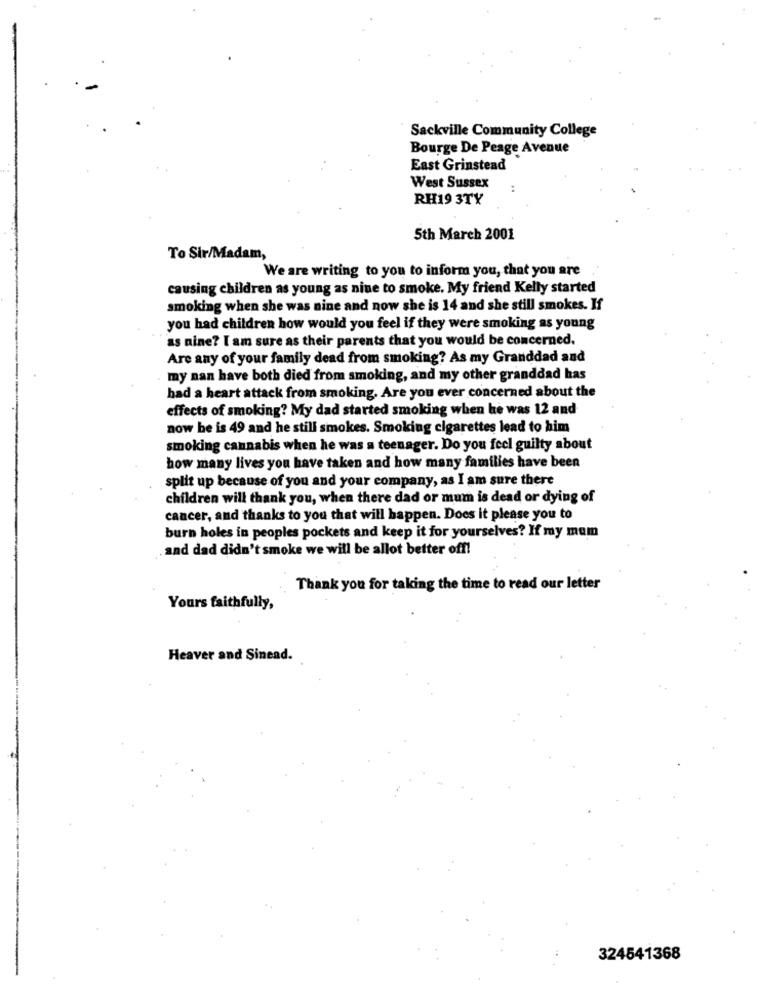
Sackville Community College
Bourge De Peage Avenue
East Grinstead
West Sussex
RH19 3TY
5th March 2001
To Sir/Madam,
We are writing to you to inform you, that you are
causing children as young as nine to smoke. My friend Kelly started
smoking when she was nine and now she is 14 and she still smokes. If
you had children how would you feel if they were smoking as young
as nine? I am sure as their parents that you would be concerned.
Are any of your family dead from smoking? As my Granddad and
my nan have both died from smoking, and my other granddad has
had a heart attack from smoking. Are you ever concerned about the
effects of smoking? My dad started smoking when he was 12 and
now he is 49 and he still smokes. Smoking cigarettes lead to him
smoking cannabis when he was a teenager. Do you feel guilty about
how many lives you have taken and how many families have been
split up because of you and your company, as I am sure there
children will thank you, when there dad or mum is dead or dying of
cancer, and thanks to you that will happen. Does it please you to
burn holes in peoples pockets and keep it for yourselves? If my mom
and dad didn't smoke we will be allot better off!
Thank you for taking the time to read our letter
Yours faithfully,
Heaver and Sinead.
324541368